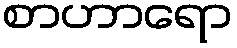
စာဟာရော